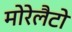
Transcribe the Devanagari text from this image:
मोरेलैटो